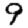
Digit: 9